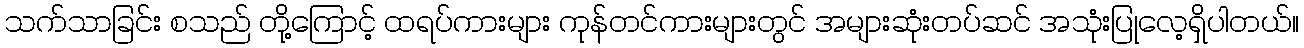
သက်သာခြင်း စသည် တို့ကြောင့် ထရပ်ကားများ ကုန်တင်ကားများတွင် အများဆုံးတပ်ဆင် အသုံးပြုလေ့ရှိပါတယ်။